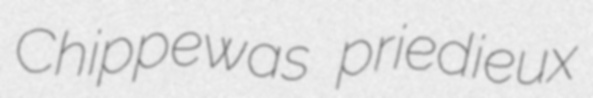
Chippewas priedieux